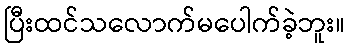
ပြီးထင်သလောက်မပေါက်ခဲ့ဘူး။